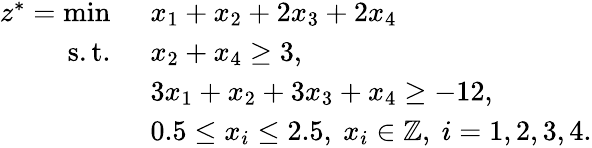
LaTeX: \begin{array}{rl}{z^{*}=\operatorname*{min}\ }&{x_{1}+x_{2}+2x_{3}+2x_{4}}\\ {\mathrm{s.t.~}}&{x_{2}+x_{4}\geq 3,}\\ &{3x_{1}+x_{2}+3x_{3}+x_{4}\geq-12,}\\ &{0.5\leq x_{i}\leq 2.5,~x_{i}\in\mathbb{Z},~i=1,2,3,4.}\end{array}